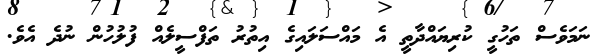
ނަމަވެސް ތަހުގީ ކުރިޔައްދާތީ އެ މައްސަލައިގެ އިތުރު ތަފްސީލެއް ފުލުހުން ނުދެ އެވެ.